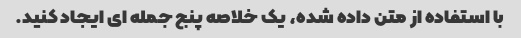
با استفاده از متن داده شده، یک خلاصه پنج جمله ای ایجاد کنید.